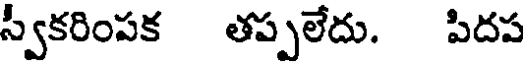
స్వీకరింపక తప్పలేదు. పిదప